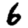
Digit: 6